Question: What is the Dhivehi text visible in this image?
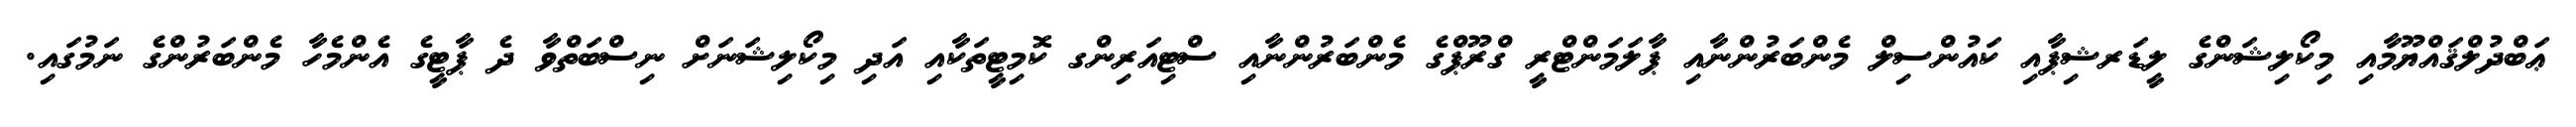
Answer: ޢަބްދުލްޤައްޔޫމާއި މިކޯލިޝަންގެ ލީޑަރޝިޕާއި ކައުންސިލް މެންބަރުންނާއި ޕާލަމަންޓްރީ ގްރޫޕްގެ މެންބަރުންނާއި ސްޓިއަރިންގ ކޮމިޓީތަކާއި އަދި މިކޯލިޝަނަށް ނިސްބަތްވާ ދެ ޕާޓީގެ އެންމެހާ މެންބަރުންގެ ނަމުގައި.